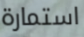
استمارة